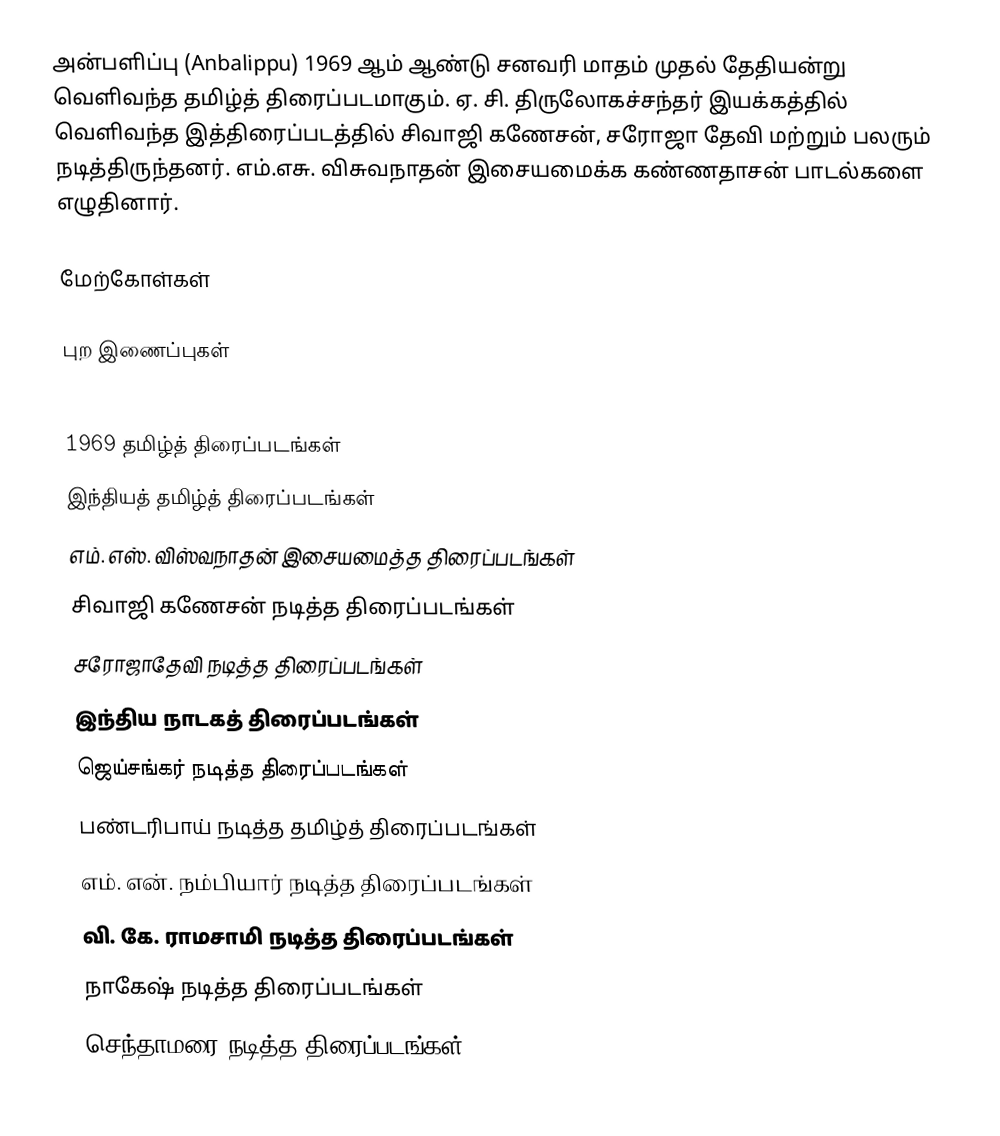
அன்பளிப்பு (Anbalippu) 1969 ஆம் ஆண்டு சனவரி மாதம் முதல் தேதியன்று வெளிவந்த தமிழ்த் திரைப்படமாகும். ஏ. சி. திருலோகச்சந்தர் இயக்கத்தில் வெளிவந்த இத்திரைப்படத்தில் சிவாஜி கணேசன், சரோஜா தேவி மற்றும் பலரும் நடித்திருந்தனர். எம்.எசு. விசுவநாதன் இசையமைக்க கண்ணதாசன் பாடல்களை எழுதினார்.

மேற்கோள்கள்

புற இணைப்புகள்

1969 தமிழ்த் திரைப்படங்கள்
இந்தியத் தமிழ்த் திரைப்படங்கள்
எம். எஸ். விஸ்வநாதன் இசையமைத்த திரைப்படங்கள்
சிவாஜி கணேசன் நடித்த திரைப்படங்கள்
சரோஜாதேவி நடித்த திரைப்படங்கள்
இந்திய நாடகத் திரைப்படங்கள்
ஜெய்சங்கர் நடித்த திரைப்படங்கள்
பண்டரிபாய் நடித்த தமிழ்த் திரைப்படங்கள்
எம். என். நம்பியார் நடித்த திரைப்படங்கள்
வி. கே. ராமசாமி நடித்த திரைப்படங்கள்
நாகேஷ் நடித்த திரைப்படங்கள்
செந்தாமரை நடித்த திரைப்படங்கள்